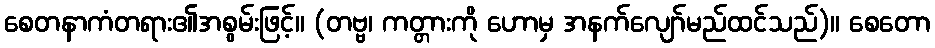
စေတနာကံတရား၏အစွမ်းဖြင့်။ (တဗ္ဗ၊ ကတ္တားကို ဟောမှ အနက်လျော်မည်ထင်သည်)။ စေတော